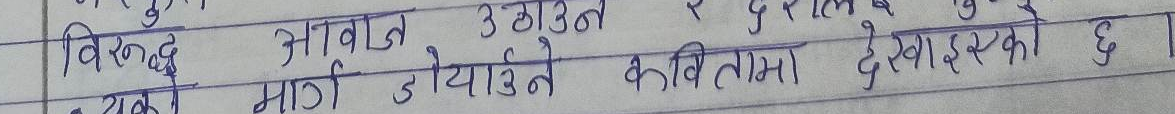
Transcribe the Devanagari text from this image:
विरूद्ध आवाज उठाउने कवितामा देखाइएको छ।